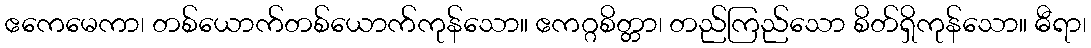
ဧကေမေကာ၊ တစ်ယောက်တစ်ယောက်ကုန်သော။ ဧကဂ္ဂစိတ္တာ၊ တည်ကြည်သော စိတ်ရှိကုန်သော။ ဓီရာ၊